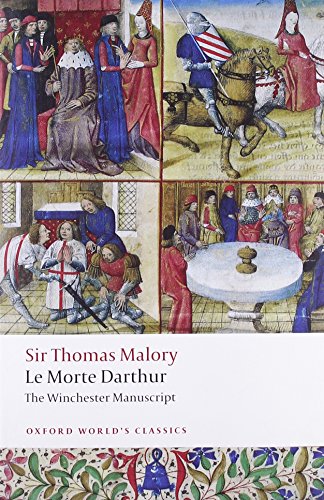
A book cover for Le Morte Darthur: The Winchester Manuscript (Oxford World's Classics); Thomas Malory; Literature & Fiction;